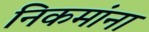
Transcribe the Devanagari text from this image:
निकमांना